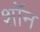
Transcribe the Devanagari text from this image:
शाॅन